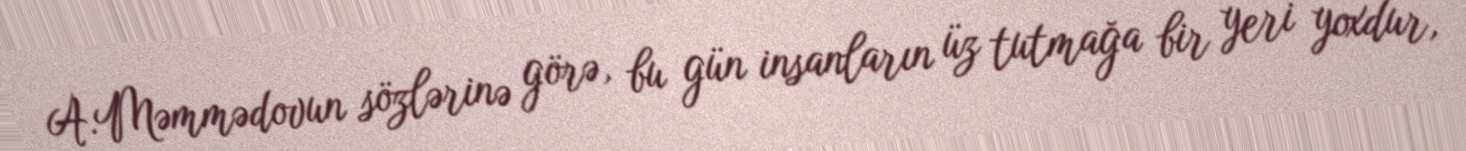
A.Məmmədovun sözlərinə görə, bu gün insanların üz tutmağa bir yeri yoxdur,